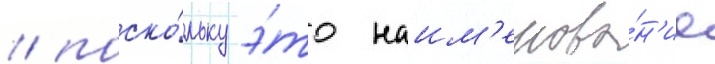
/ поско́льку э́то наим'енова́н'ие